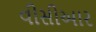
વીસીઆર